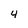
Character: 4